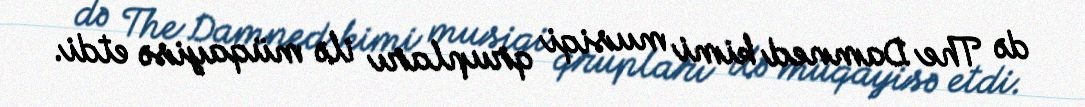
də The Damned kimi musiqi qrupları ilə müqayisə etdi.